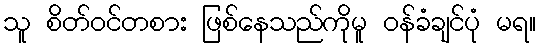
သူ စိတ်ဝင်တစား ဖြစ်နေသည်ကိုမူ ဝန်ခံချင်ပုံ မရ။